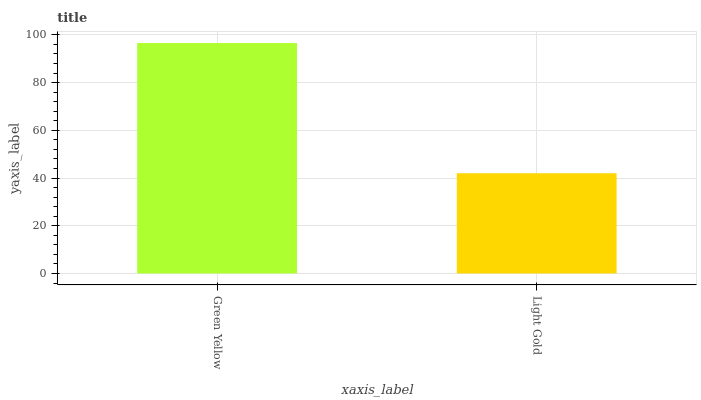
| xaxis_label | bars |
 | --- | --- |
 | Green Yellow | 96.6 |
 | Light Gold | 42 |